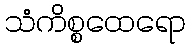
သံကိစ္စထေရော